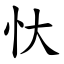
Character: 忕